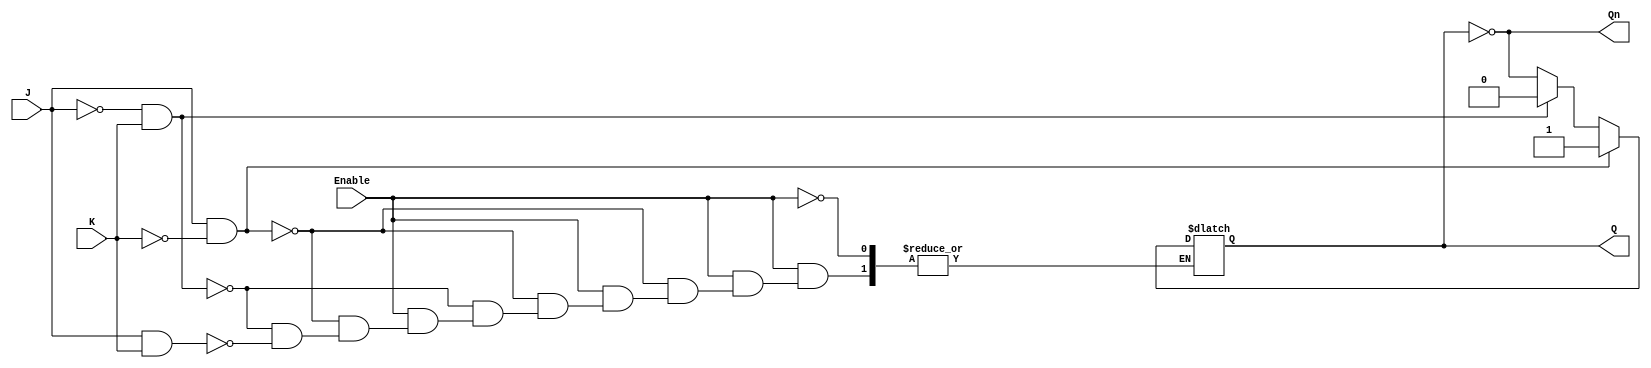
module gated_jk_latch (
    input wire J,         // Set input
    input wire K,         // Reset input
    input wire Enable,    // Enable (Clock) signal
    output reg Q,         // Current state output
    output wire Qn        // Inverted current state output
);

    // Inverted output Q'
    assign Qn = ~Q;

    always @(*) begin
        if (Enable) begin
            if (J && ~K) begin
                Q = 1;  // Set state
            end else if (~J && K) begin
                Q = 0;  // Reset state
            end else if (J && K) begin
                Q = ~Q; // Toggle state
            end
            // If J = 0 and K = 0, Q remains unchanged
        end
    end

endmodule